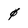
Character: 4